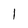
Character: 1